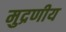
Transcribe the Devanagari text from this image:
मुद्रणीय